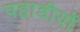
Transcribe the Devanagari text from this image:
पहाडीयों